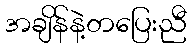
အချိန်နဲ့တပြေးညီ